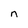
Character: n